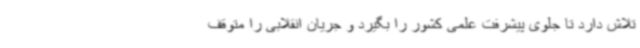
تلاش دارد تا جلوی پیشرفت علمی کشور را بگیرد و جریان انقلابی را متوقف